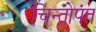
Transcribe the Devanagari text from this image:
चिन्तोपंत